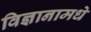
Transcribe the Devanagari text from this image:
विज्ञानामधे